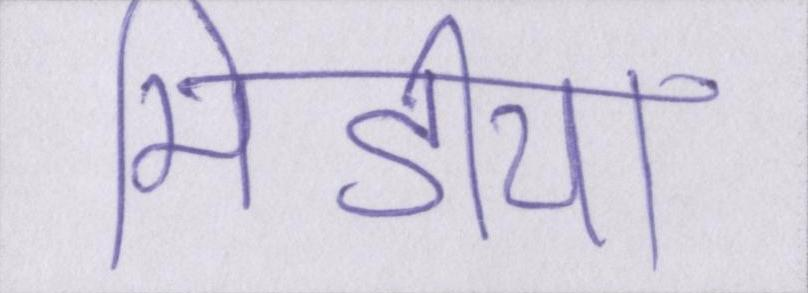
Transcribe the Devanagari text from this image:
मिडीया